Annual report of the Punjab Veterinary College and of the Civil Veterinary Department, Punjab - 1894-1908
Year: 1894
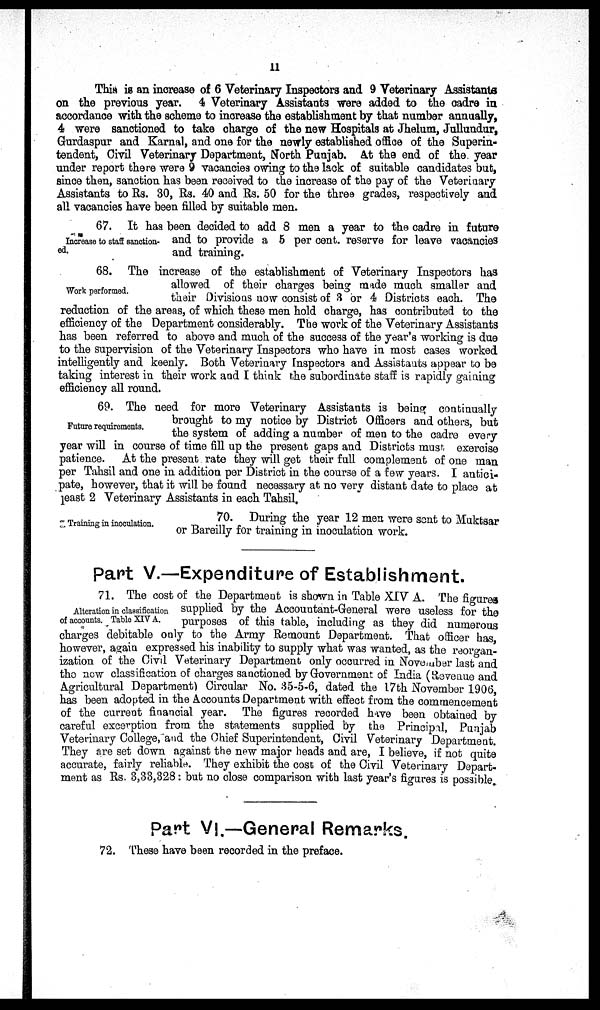
11
This is an increase of 6 Veterinary Inspectors and 9 Veterinary Assistants
on the previous year. 4 Veterinary Assistants were added to the cadre in
accordance with the scheme to increase the establishment by that number annually,
4 were sanctioned to take charge of the new Hospitals at Jhelum, Jullundur,
Gurdaspur and Karnal, and one for the newly established office of the Superin-
tendent, Civil Veterinary Department, North Punjab. At the end of the year
under report there were 9 vacancies owing to the lack of suitable candidates but,
since then, sanction has been received to the increase of the pay of the Veterinary
Assistants to Rs. 30, Rs. 40 and Rs. 50 for the three grades, respectively and
all vacancies have been filled by suitable men.
Increase to staff sanction-
ed.
67. It has been decided to add 8 men a year to the cadre in future
and to provide a 5 per cent. reserve for leave vacancies
and training.
Work performed.
68. The increase of the establishment of Veterinary Inspectors has
allowed of their charges being made much smaller and
their Divisions now consist of 3 or 4 Districts each. The
reduction of the areas, of which these men hold charge, has contributed to the
efficiency of the Department considerably. The work of the Veterinary Assistants
has been referred to above and much of the success of the year's working is due
to the supervision of the Veterinary Inspectors who have in most cases worked
intelligently and keenly. Both Veterinary Inspectors and Assistants appear to be
taking interest in their work and I think the subordinate staff is rapidly gaining
efficiency all round.
Future requirements.
69. The need for more Veterinary Assistants is being continually
brought to my notice by District Officers and others, but
the system of adding a number of men to the cadre every
year will in course of time fill up the present gaps and Districts must exercise
patience. At the present rate they will get their full complement of one man
per Tahsil and one in addition per District in the course of a few years. I antici-
pate, however, that it will be found necessary at no very distant date to place at
least 2 Veterinary Assistants in each Tahsil.
Training in inoculation.
70. During the year 12 men were sent to Muktsar
or Bareilly for training in inoculation work.
Part V.—Expenditure of Establishment.
Alteration in classification
of accounts. Table XIV A.
71. The cost of the Department is shown in Table XIV A. The figures
supplied by the Accountant-General were useless for the
purposes of this table, including as they did numerous
charges debitable only to the Army Remount Department. That officer has,
however, again expressed his inability to supply what was wanted, as the reorgan-
ization of the Civil Veterinary Department only occurred in November last and
the now classification of charges sanctioned by Government of India (Revenue and
Agricultural Department) Circular No. 35-5-6, dated the 17th November 1906,
has been adopted in the Accounts Department with effect from the commencement
of the current financial year. The figures recorded have been obtained by
careful excerption from the statements supplied by the Principal, Punjab
Veterinary College, and the Chief Superintendent, Civil Veterinary Department.
They are set down against the new major heads and are, I believe, if not quite
accurate, fairly reliable. They exhibit the cost of the Civil Veterinary Depart-
ment as Rs. 3,33,328: but no close comparison with last year's figures is possible.
Part VI.—General Remarks.
72. These have been recorded in the preface.